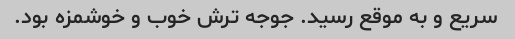
سریع و به موقع رسید. جوجه ترش خوب و خوشمزه بود.